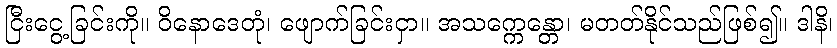
ငြီးငွေ့ခြင်းကို။ ဝိနောဒေတုံ၊ ဖျောက်ခြင်းငှာ။ အသက္ကေန္တော၊ မတတ်နိုင်သည်ဖြစ်၍။ ဒါနိ၊